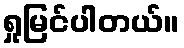
ရှုမြင်ပါတယ်။